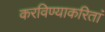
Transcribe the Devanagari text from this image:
करविण्याकरितां